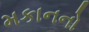
મકાનનો